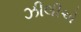
ઝીલીએ